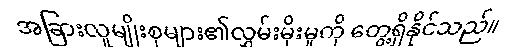
အခြားလူမျိုးစုများ၏လွှမ်းမိုးမှုကို တွေ့ရှိနိုင်သည်။